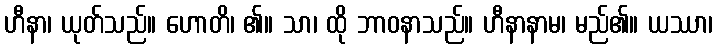
ဟီနာ၊ ယုတ်သည်။ ဟောတိ၊ ၏။ သာ၊ ထို ဘာဝနာသည်။ ဟီနာနာမ၊ မည်၏။ ယဿာ၊